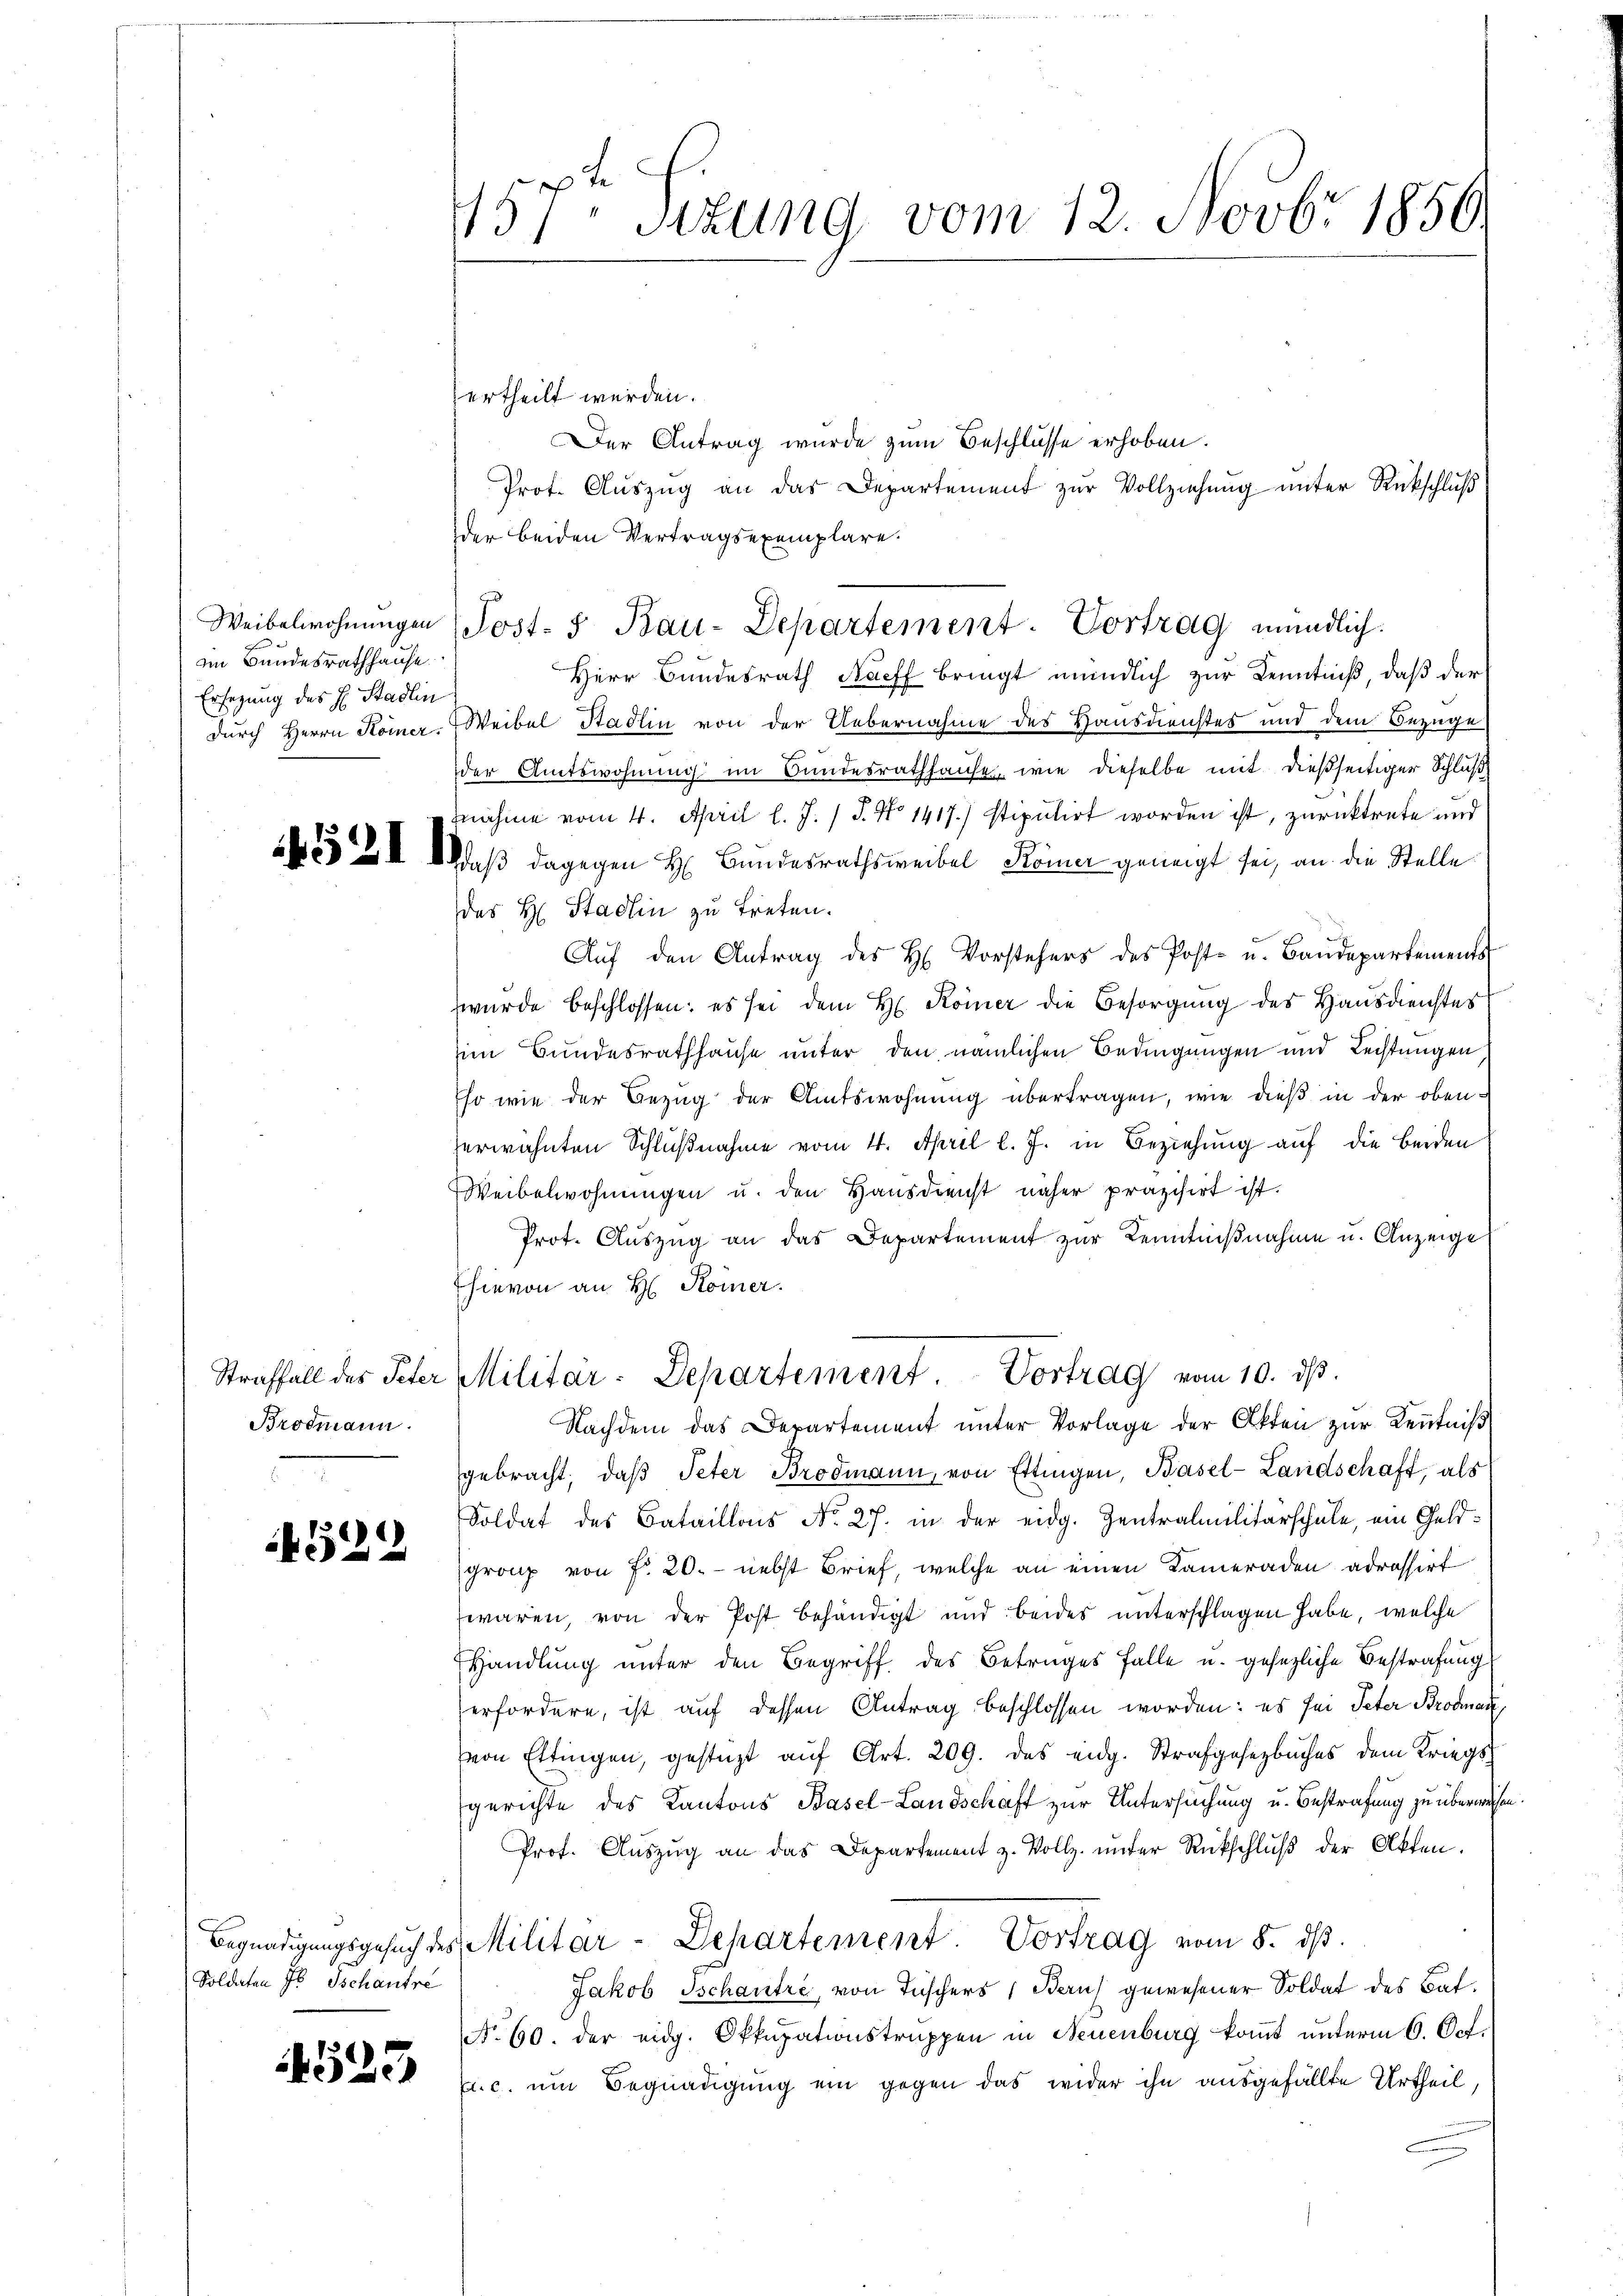
eim Bundesrathhause.
Ersezung des H. Stadlin

Straffall des Peter
Brodmann.

4522

Soldaten s Tschautre

523

457t Sizung vom 12. Novbr 1850.

Weibelwohnŭngen (Post- u Bau-Departement. Vortrag mündlich.

ertheilt werden.
Der Antrag wurde zum Beschlüsse erhoben.
Prot. Aŭszŭg an das Departement zŭr Vollziehung unter Rückschluß
der beiden Vertragsexemplare.
Herr Bundesrath Nachf bringt mündlich zur Kenntniß, daß der
durch Herrn Komer. Weibel Stadlin von der Uebernahme des Hausdienstes und dem Bezuge
der Amtswohnung im Bundesrathhause, wie dieselbe mit dießseitiger Schluß
nahme vom 4. April l. J. J. No 1417.) stipulirt worden ist, zurücktrete und
253 u. daß dagegen H. Bundesrathsweibel Keiner geneigt sei, an die Stelle
des H. Stadlin zu treten.
Aŭf den Antrag des H. Vorstehers des Post- u. Baŭdepartements
 wurde beschlossen: es sei dem H. Keiner die Besorgŭng des Hausdienstes
im Bundesrathhause unter den nämlichen Bedingungen und Leistungen
Eso wie der Bezug der Amtswohnung übertragen, wie dieß in der obenerwähnten Schlußnahme vom 4. April l. J. in Beziehung auf die beiden
Weibelwohnungen u. den Hausdienst näher präzisirt ist.
Prot. Auszug an das Departement zur Kenntnißnahme u. Anzeige
hievon an H. Komer.
Militär-Departement Vortrag vom 10. ds.
Nachdem das Departement unter Vorlage der Akten zur Kenntniß
gebracht, daβ Peter Brodmann, von Ettingen, Basel-Landschaft, als
Soldat des Bataillons No. 27. in der eidg. Zentralmilitärschule, ein Geldgranz von Fr. 20. - nebst Brief, welche an einen Kameraden adressirt
waren, von der Post behändigt und beides unterschlagen habe, welche
EHandlung unter den Begriff des Betruges Falle u. gesezliche Bestrafung
erfordere, ist auf dessen Antrag beschlossen worden: es sei Peter Brodan
von Ettingen, gestüzt auf Art. 209. des eidg. Strafgesetzbuches dem Kriegsgerichte des Kantons Basel-Landschaft zur Untersuchung u. Bestrafung zu überwie
Prof. Aŭszŭg an das Departement z. Vollz. ŭnter Rückschlŭβ der Akten.
Begnadigungsgesuch des Militar-Departement. Vortrag vom 8. dβ.
Jakob Tschautre, von Tischers Bern) gewesener Soldat des Bat.
N. 60. der eidg. Okkupationstruppen in Neuenburg kommt unterm 6. Oct.
El. c. um Begnadigung ein gegen das wider ihn ausgefällte Urtheil,